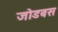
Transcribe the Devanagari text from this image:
जोडबस